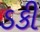
ડકી